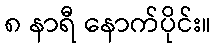
၈ နာရီ နောက်ပိုင်း။